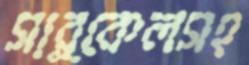
সার্কেলসহ